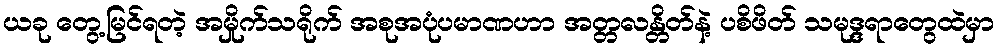
ယခု တွေ့မြင်ရတဲ့ အမှိုက်သရိုက် အစုအပုံပမာဏဟာ အတ္တလန္တိတ်နဲ့ ပစိဖိတ် သမုဒ္ဒရာတွေထဲမှာ